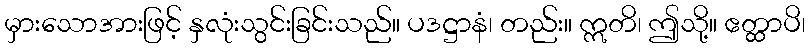
မှားသောအားဖြင့် နှလုံးသွင်းခြင်းသည်။ ပဒဋ္ဌာနံ၊ တည်း။ ဣတိ၊ ဤသို့။ ဧတ္ထာပိ၊